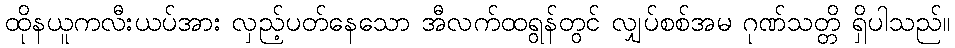
ထိုနယူကလီးယပ်အား လှည့်ပတ်နေသော အီလက်ထရွန်တွင် လျှပ်စစ်အမ ဂုဏ်သတ္တိ ရှိပါသည်။